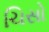
ચિસો